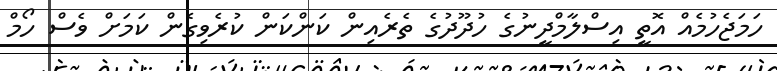
ހަމަޖެހުމެއް އޮތީ އިސްލާމްދީނުގެ ހުދޫދުގެ ތެރެއިން ކަންކަން ކުރެވިގެން ކަމަށް ވެސް ހޯމް